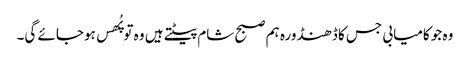
وہ جو کامیابی جس کا ڈھنڈورہ ہم صبح شام پیٹتے ہیں وہ تو پُھس ہوجائے گی۔